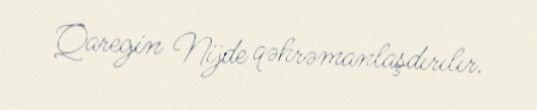
Qaregin Nijde qəhrəmanlaşdırılır.